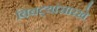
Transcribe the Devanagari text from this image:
बिबट्यांसारखे